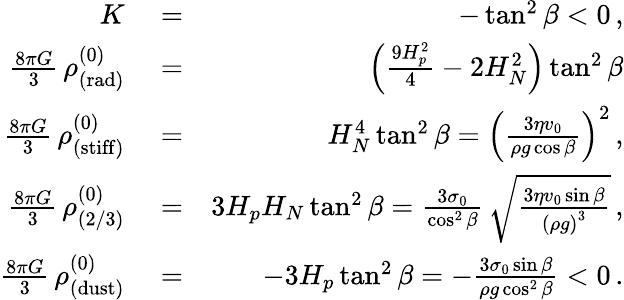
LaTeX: \begin{array}{rlr}{K}&{{}=}&{-\tan^{2}\beta<0\, ,}\\ {\frac{8\pi G}{3}\, \rho_{\mathrm{(rad)}}^{(0)}}&{{}=}&{\left(\frac{9H_{p}^{2}}{4}-2H_{N}^{2}\right)\tan^{2}\beta}\\ {\frac{8\pi G}{3}\, \rho_{\mathrm{(stiff)}}^{(0)}}&{{}=}&{H_{N}^{4}\tan^{2}\beta=\left(\frac{3\eta v_{0}}{\rho g\cos\beta}\right)^{2}\, ,}\\ {\frac{8\pi G}{3}\, \rho_{(2/3)}^{(0)}}&{{}=}&{3H_{p}H_{N}\tan^{2}\beta=\frac{3\sigma_{0}}{\cos^{2}\beta}\, \sqrt{\frac{3\eta v_{0}\sin\beta}{\left(\rho g\right)^{3}}}\, ,}\\ {\frac{8\pi G}{3}\, \rho_{\mathrm{(dust)}}^{(0)}}&{{}=}&{-3H_{p}\tan^{2}\beta=-\frac{3\sigma_{0}\sin\beta}{\rho g\cos^{2}\beta}<0\, .}\end{array}